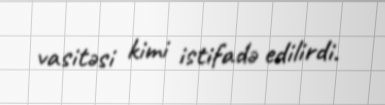
vasitəsi kimi istifadə edilirdi.